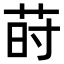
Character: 莳